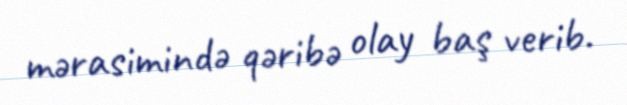
mərasimində qəribə olay baş verib.